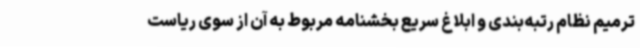
ترمیم نظام رتبه‌بندی و ابلاغ سریع بخشنامه مربوط به آن از سوی ریاست